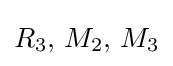
R_{3},\,M_{2},\,M_{3}